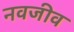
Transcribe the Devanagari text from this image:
नवजीव